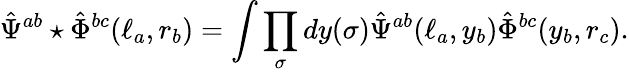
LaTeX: \hat{\Psi}^{ab}\star\hat{\Phi}^{bc}(\ell_{a},r_{b})=\int\prod_{\sigma}dy(\sigma)\hat{\Psi}^{ab}(\ell_{a},y_{b})\hat{\Phi}^{bc}(y_{b},r_{c}).